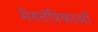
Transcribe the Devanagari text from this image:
मेरुतंत्रिकाओं